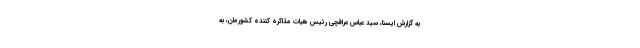
به گزارش ایسنا، سید عباس عراقچی رئیس هیات مذاکره کننده کشورمان، به